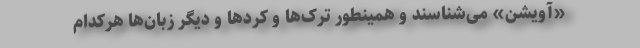
«آویشن» می‌شناسند و همینطور ترک‌ها و کردها و دیگر زبان‌ها هرکدام